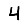
Digit: 4